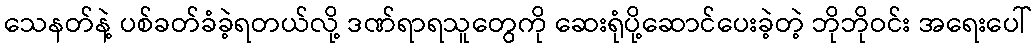
သေနတ်နဲ့ ပစ်ခတ်ခံခဲ့ရတယ်လို့ ဒဏ်ရာရသူတွေကို ဆေးရုံပို့ဆောင်ပေးခဲ့တဲ့ ဘိုဘိုဝင်း အရေးပေါ်